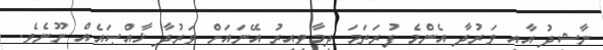
ނާޝިދު އާއި ވަރުދާ އެންމެ ފުރަތަމަ ދިމާވިއިރު އޭނައަށް ވަރުދާ ޚާއްޞައެއް ނޫނެވެ.